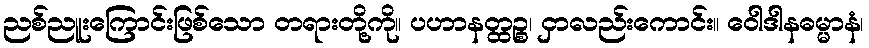
ညစ်ညူးကြောင်းဖြစ်သော တရားတို့ကို။ ပဟာနတ္ထဉ္စ၊ ငှာလည်းကောင်း။ ဝေါဒါနဓမ္မာနံ၊